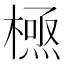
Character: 𭫸